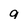
Character: q